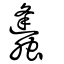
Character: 蠭